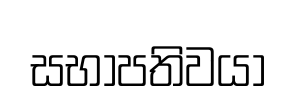
සභාපතිවයා